Kambja_algkool, lk 61
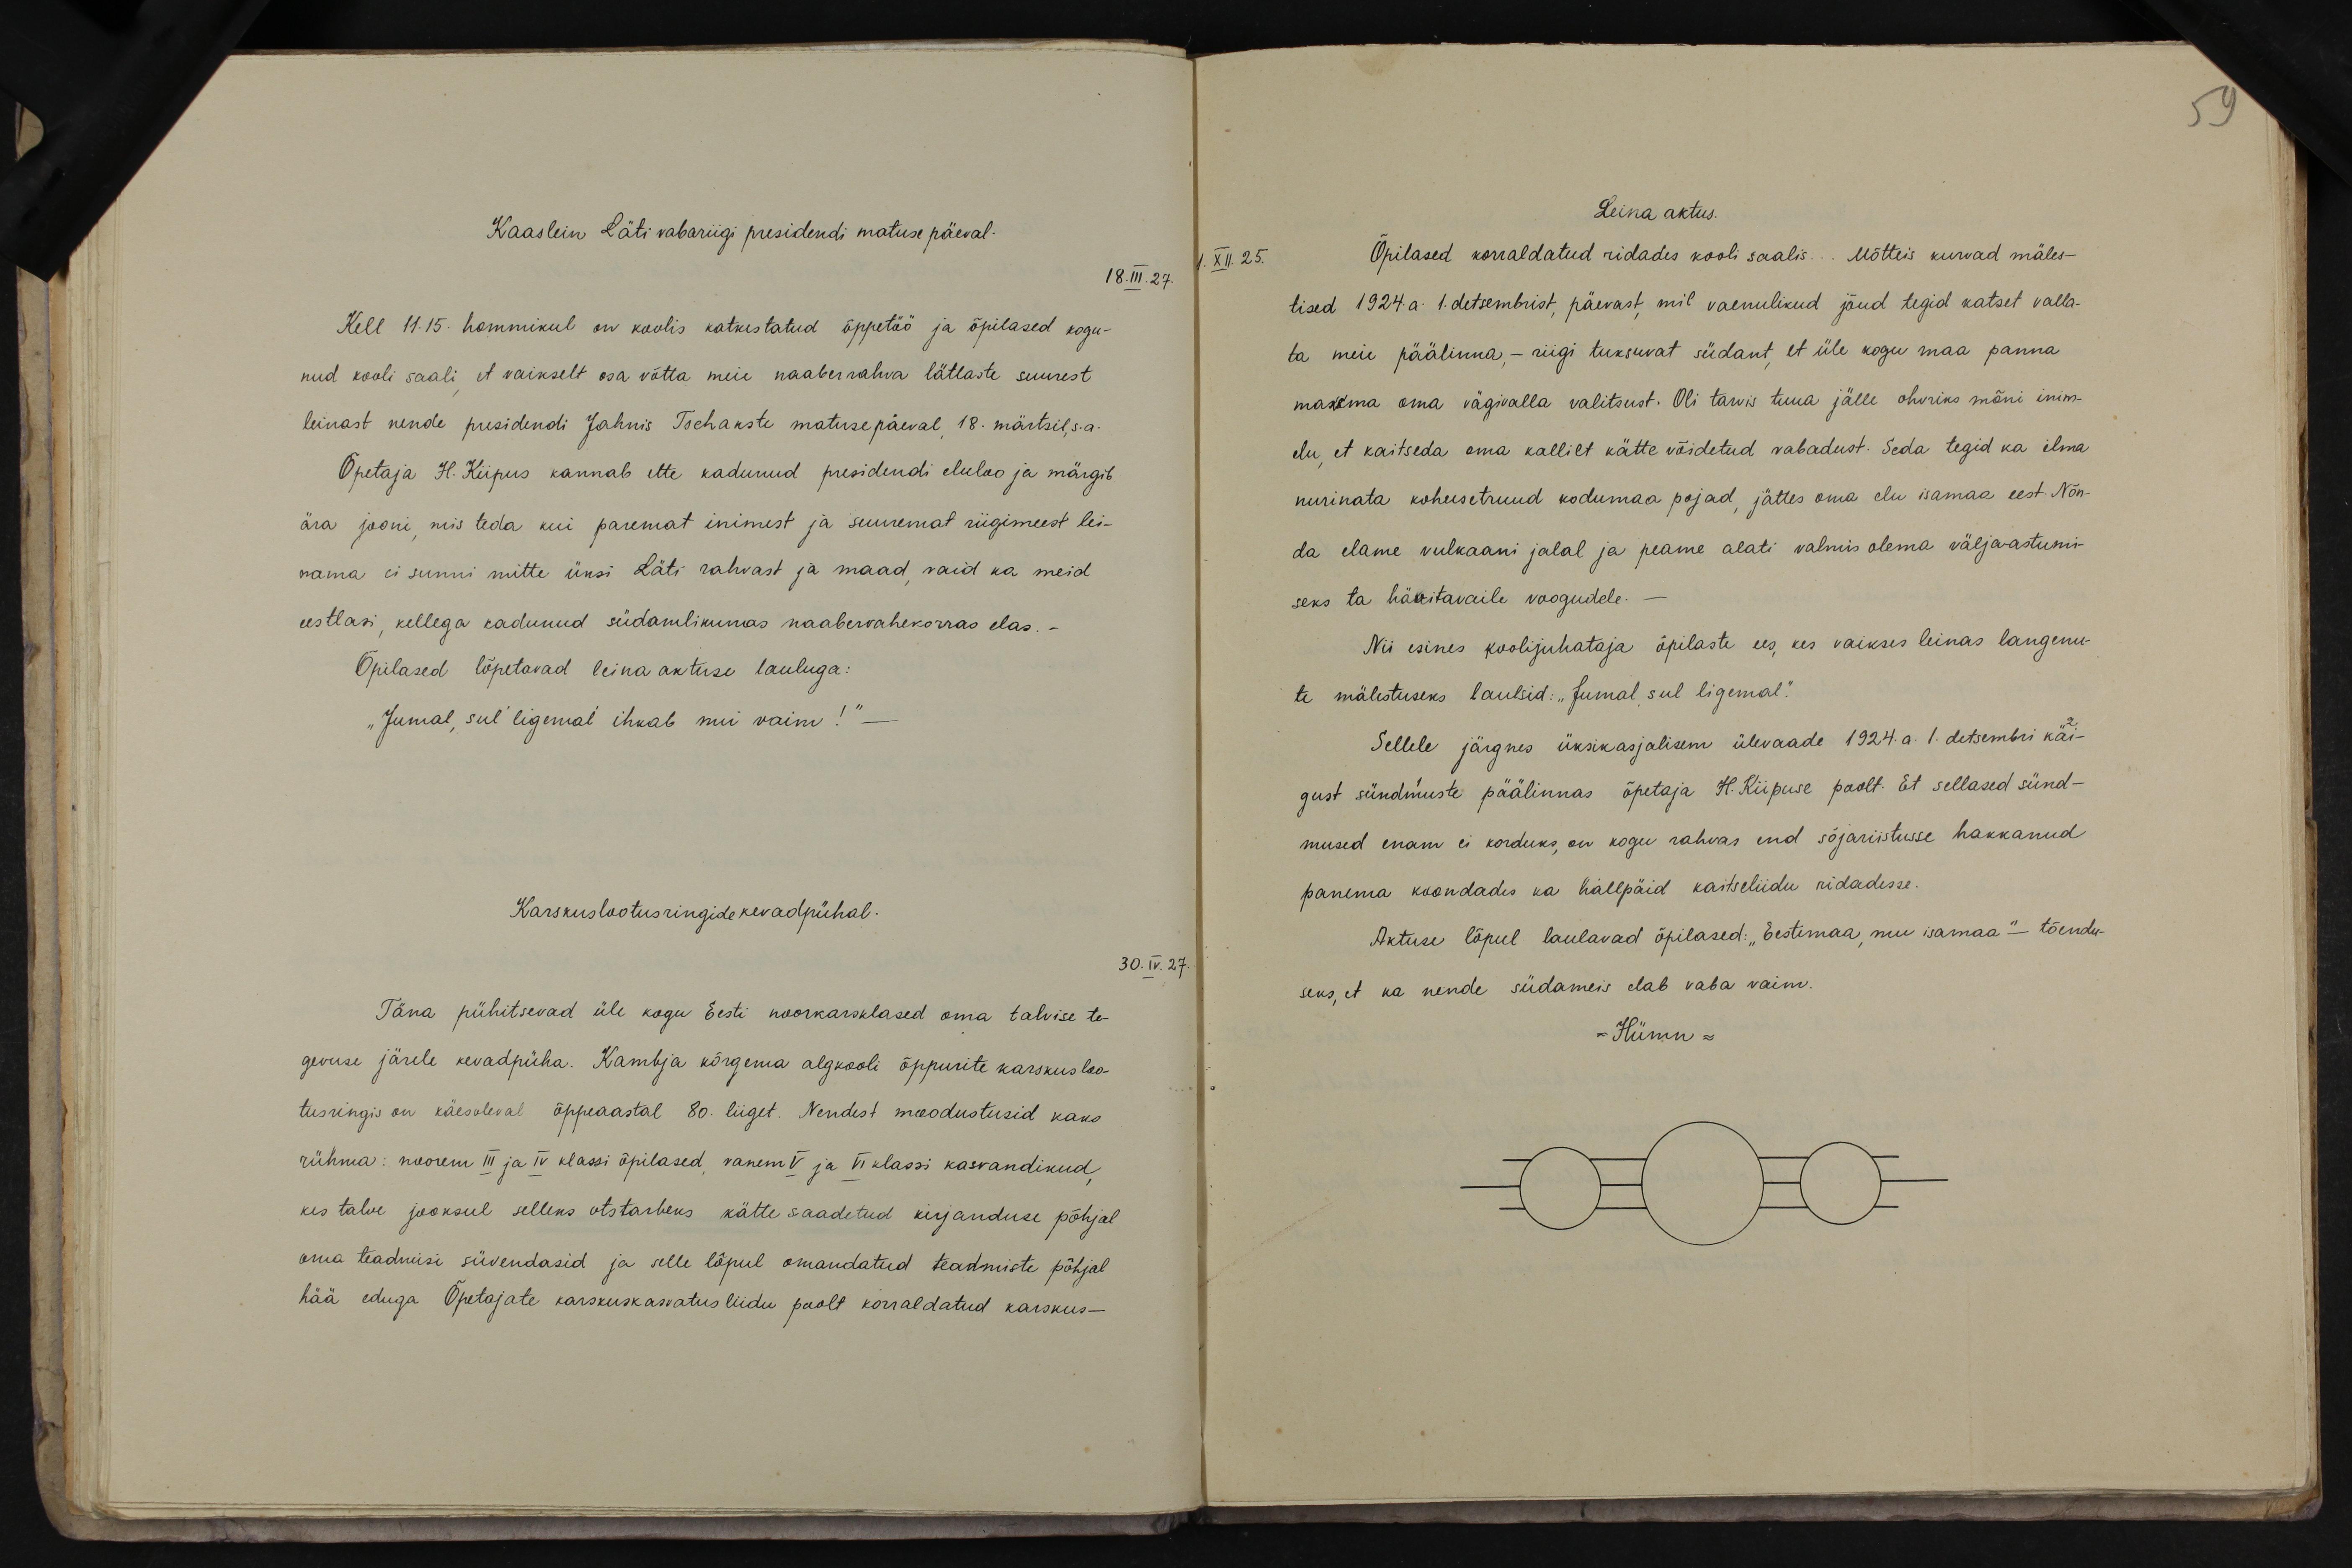
59

Kaaslein Läti vabariigi presidendi matuse päeval-
18.III.27.
Kell 11.15. hommikul on koolis katkestatud õppetöö ja õpilased kogu-
nud kooli saali et vaikselt osa võtta meie naaberrahva lätlaste suurest
leinast nende presidendi Jahnis Tschakste matusepäeval, 18. märtsil, s.a.
Õpetaja H. Kiipus kannab ette kadunud presidendi eluloo ja märgib,
ära jooni, mis teda kui paremat inimest ja suuremat riigimeest lei-
nama ei sunni mitte üksi Läti rahvast ja maad said ka meid
eestlasi, kellega kadunud südamlikumas naabervahekorras elas.
Õpilased lõpetavad leina aktuse lauluga:
"Jumal, sul ligemal ihkab mii vaim!" -
Karskuslootusringide kevadpühal.
30.IV. 27.
Täna pühitsevad üle kogu Eesti noorkarsklased oma talvise te-
gevuse järele kevadpüha. Kambja kõrgema algkooli õppurite karskusloo-
tusringis on käesoleval õppeaastal 80. liiget. Nendest moodustusid kaks
rühma: noorem III ja IV klassi õpilased, vanem V ja VI klassi kasvandikud
kes talve jooksul selleks otstarbeks kätte saadetud kirjanduse põhjal
oma teadmisi süvendasid ja selle lõpul omandatud teadmiste põhjal
hää eduga Õpetajate karskuskasvatusliidu poolt korraldatud karskus-

Leina aktus.
1. XII. 25.
Õpilased korraldatud ridades kooli saalis... Mõtteis kurvad mäles-
tised 1924. a. 1. detsembrist, päevast, mil vaenulikud jõud tegid katset valla-
ta meie päälinna, - riigi tuksuvat südant, et üle kogu maa panna.
maksma oma vägivalla valitsust. Oli tarwis tuua jälle ohvriks mõni inim-
elu et kaitseda oma kallilt kätte võidetud vabadust. Seda tegid ka ilma
nurinata kohusetruud kodumaa pojad, jättes oma elu isamaa eest. Nõn-
da elame vulkaani jalal ja peame alati valmis olema väljaastumi-
seks ta häkitavaile voogudele.-
Nii esines koolijuhataja õpilaste ees, kes vaikses leinas langenu-
te mälestuseks laulsid: "Jumal, sul ligemal."
Sellele järgnes üksikasjalisem ülevaade 1924. a. 1. detsembri käi-
gust sündmuste päälinnas õpetaja H. Kiipuse poolt. Et sellased sünd-
mused enam ei korduks on kogu rahvas end sõjariistusse hakkanud
panema koondades ka hallpäid kaitseliidu ridadesse.
Aktuse lõpul laulavad õpilased: "Eestimaa, mu isamaa" - tõendu-
seks, et ka nende südameis elab vaba vaim.
- Hümn -